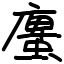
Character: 螷